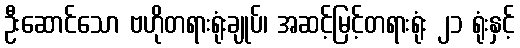
ဦးဆောင်သော ဗဟိုတရားရုံးချုပ်၊ အဆင့်မြင့်တရားရုံး ၂၁ ရုံးနှင့်